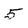
Character: 5